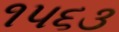
૧૫૬૩